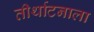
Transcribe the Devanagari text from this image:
तीर्थाटनाला